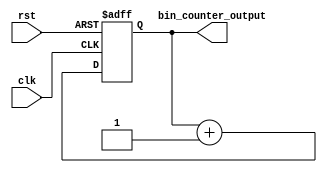
module binary_counter(input clk, input rst, output reg [2:0]bin_counter_output);



always @(posedge clk or posedge rst) begin

    if (rst) begin
    bin_counter_output <= 3'b000;
    end

    else begin
        bin_counter_output <= bin_counter_output + 1'b1;
    end

end

endmodule

module Conversion(input[2:0]c, output[2:0]co);


assign co[2] = c[2];
assign co[1] = c[2]^c[1];
assign co[0] = c[1]^c[0];

endmodule

module Gray_counter(input clk, input rst, output[2:0]Gray_output);

wire[2:0] wire1;

binary_counter b1 (.clk(clk), .rst(rst), .bin_counter_output(wire1));
Conversion c1 (.c(wire1), .co(Gray_output));


endmodule